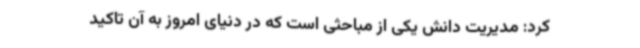
کرد: مدیریت دانش یکی از مباحثی است که در دنیای امروز به آن تاکید